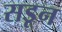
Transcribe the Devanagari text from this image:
सडून